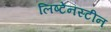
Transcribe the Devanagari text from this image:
लिष्टेनस्टीन